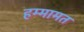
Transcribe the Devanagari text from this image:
हम्मामत